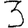
Digit: 3